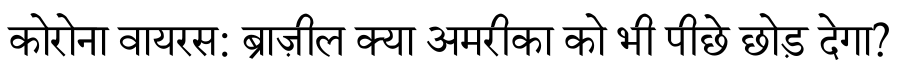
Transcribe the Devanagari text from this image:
कोरोना वायरस: ब्राज़ील क्या अमरीका को भी पीछे छोड़ देगा?